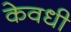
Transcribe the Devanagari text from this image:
केवधी